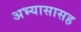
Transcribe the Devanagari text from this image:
अभ्यासासह